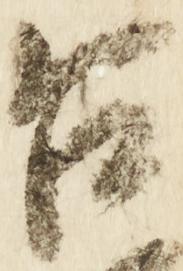
台